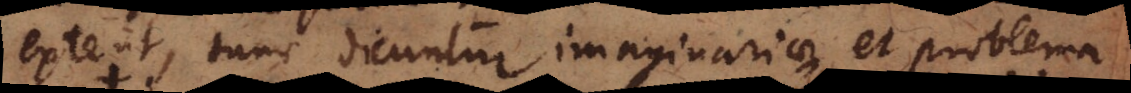
extent, tunc dicuntur imaginariae, et problema